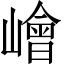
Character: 𡼾